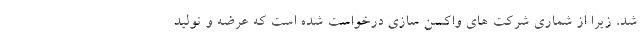
شد، زیرا از شماری شرکت های واکسن سازی درخواست شده است که عرضه و تولید